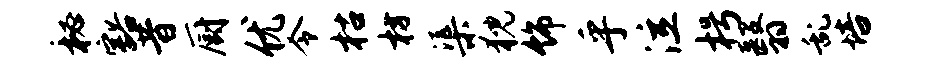
秘豁昔厨优令枯枋渠猊饰乎泣枵翳乱培